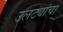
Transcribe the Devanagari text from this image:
उलट्यांचा